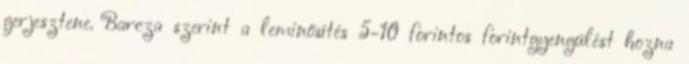
gerjesztene. Barcza szerint a leminősítés 5-10 forintos forintgyengülést hozna